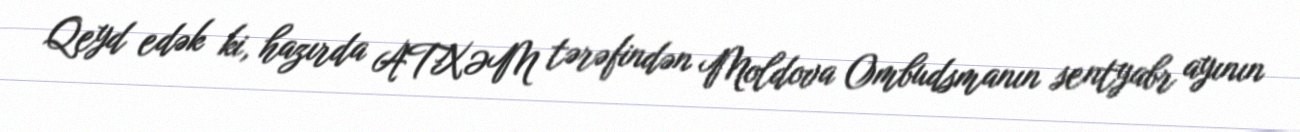
Qeyd edək ki, hazırda ATXƏM tərəfindən Moldova Ombudsmanın sentyabr ayının